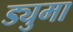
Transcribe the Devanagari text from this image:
ड्युमा